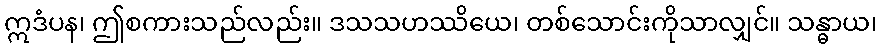
ဣဒံပန၊ ဤစကားသည်လည်း။ ဒသသဟဿိယေ၊ တစ်သောင်းကိုသာလျှင်။ သန္ဓာယ၊